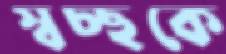
স্বচ্ছকে